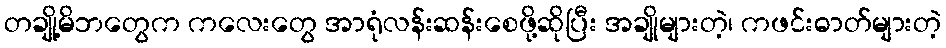
တချို့မိဘတွေက ကလေးတွေ အာရုံလန်းဆန်းစေဖို့ဆိုပြီး အချိုများတဲ့၊ ကဖင်းဓာတ်များတဲ့